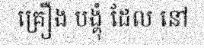
គ្រឿង បង្គុំ ដែល នៅ